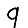
Digit: 9